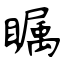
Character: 瞩